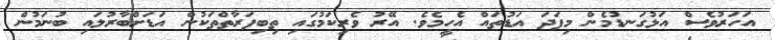
އަހަރުވެސް އަޅުގަނޑުމެން މިފަދަ އަޑުތައް އެހީމެވެ. އޭރު ވެރިކަމުގައި ތިބިފަރާތްތަކުން އަޑަށްބާރުލައި ބުނަމުން